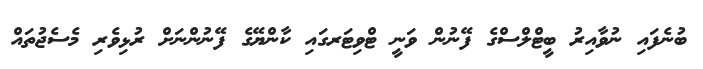
ބުނެފައި ނުވާއިރު ބީޓްލްސްގެ ފޭނުން ވަނީ ޓްވިޓަރގައި ކާންޔޭގެ ފޭނުންނަށް ރުޅިވެރި މެސެޖުތައް